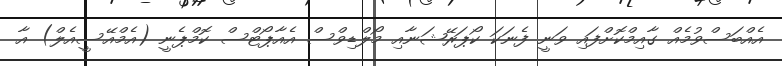
އެއްބަސްވުމެއް ގާއިމްކޮށްފައި ވަނީ ފެނަކަ ކޯޕަރޭޝަނާއި މޯލްޑިވްސް އެއާޕޯޓްސް ކޮމްޕެނީ (އެމްއޭސީއެލް) އާ